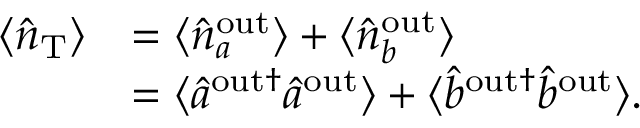
\begin{array} { r l } { \langle \hat { n } _ { \mathrm { { T } } } \rangle } & { = \langle \hat { n } _ { a } ^ { \mathrm { o u t } } \rangle + \langle \hat { n } _ { b } ^ { \mathrm { { o u t } } } \rangle } \\ & { = \langle \hat { a } ^ { \mathrm { o u t } \dagger } \hat { a } ^ { \mathrm { { o u t } } } \rangle + \langle \hat { b } ^ { \mathrm { o u t } \dagger } \hat { b } ^ { \mathrm { { o u t } } } \rangle . } \end{array}